Report on enteric fever
Disease focus: Fever
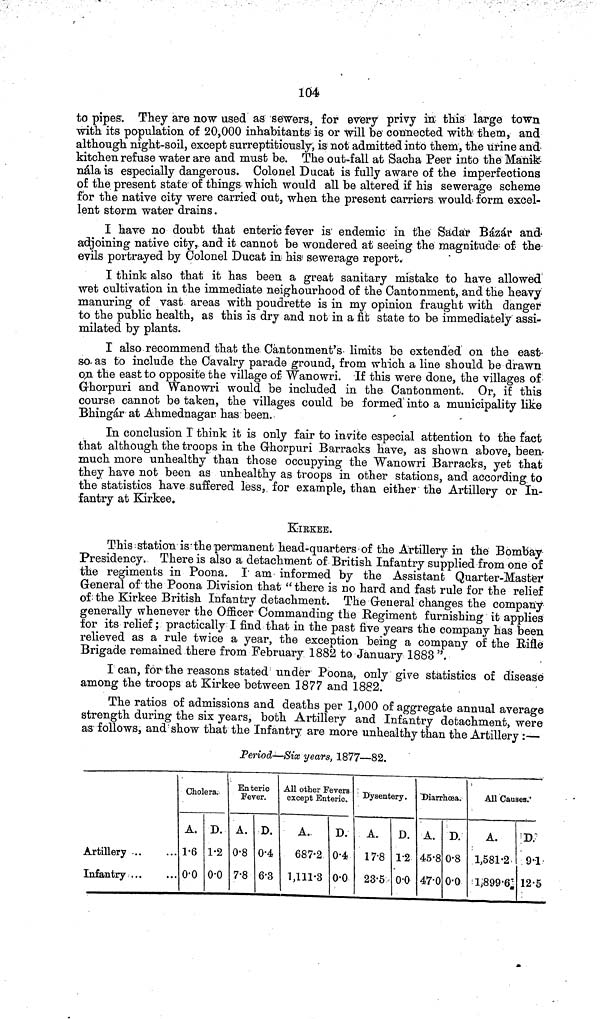
104
to pipes. They are now used as Sewers, for every privy in this large town
with its population of 20,000 inhabitants is or will be connected with them, and
although night soil, except surreptitiously, is not admitted into them, the urine and
kitchen refuse water are and must be. The out fall at Sacha Peer into the Manik
nála is especially dangerous. Colonel Ducat is fully aware of the imperfections
of the present state of things which would all be altered if his sewerage scheme
for the native city were carried out, when the present carriers would form excel-
lent storm water drains.
I have no doubt that enteric fever is endemic in the Sadar Bázár and
adjoining native city, and it cannot be wondered at seeing the magnitude of the
evils portrayed by Colonel Ducat in his sewerage report.
I think also that it has been a great sanitary mistake to have allowed
wet cultivation in the immediate neighourhood of the Cantonment, and the heavy
manuring of vast areas with poudrette is in my opinion fraught with danger
to the public health, as this is dry and not in a fit state to be immediately assi-
milated by plants.
I also recommend that the Cantonment's limits be extended on the east
so as to include the Cavalry parade ground, from which a line should be drawn
on the east to opposite the village of Wanowri. If this were done, the villages of
Ghorpuri and Wanowri would be included in the Cantonment. Or, if this
course cannot be taken, the villages could be formed into a municipality like
Bhingár at Ahmednagar has been.
In conclusion I think it is only fair to invite especial attention to the fact
that although the troops in the Ghorpuri Barracks have, as shown above, been
much more unhealthy than those occupying the Wanowri Barracks, yet that
they have not been as unhealthy as troops in other stations, and according to
the statistics have suffered less, for example, than either the Artillery or In-
fantry at Kirkee.
KIRKEE.
This station is the permanent head quarters of the Artillery in the Bombay
Presidency. There is also a detachment of British Infantry supplied from one of
the regiments in Poona. I am informed by the Assistant Quarter Master
General of the Poona Division that "there is no hard and fast rule for the relief
of the Kirkee British Infantry detachment. The General changes the company
generally whenever the Officer Commanding the Regiment furnishing it applies
for its relief; practically I find that in the past five years the company has been
relieved as a rule twice a year, the exception being a company of the Rifle
Brigade remained there from February 1882 to January 1883".
I can, for the reasons stated under Poona, only give statistics of disease
among the troops at Kirkee between 1877 and 1882.
The ratios of admissions and deaths per 1,000 of aggregate annual average
strength during the six years, both Artillery and Infantry detachment, were
as follows, and show that the Infantry are more unhealthy than the Artillery:—
Period—Six years, 1877—82.
Artillery
Infantry ...
Cholera.
A.
1 6
0 0
D.
1 2
0 0
Enteric
Fever.
A.
0 8
7 8
D.
0 4
6 3
All other Fevers
except Enteric.
A.
687 2
1,111 3
D.
0 4
0 0
Dysentery.
A.
17 8
23 5
D.
1 2
0 0
Diarrhœa.
A.
45 8
47 0
D.
0 8
0 0
All Causes.
A.
1,581 2
1,899 6
D.
9 1
12 5